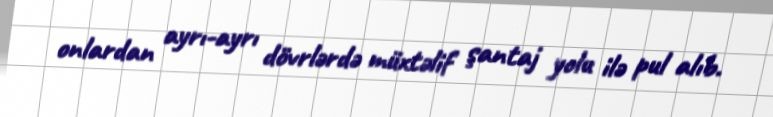
onlardan ayrı-ayrı dövrlərdə müxtəlif şantaj yolu ilə pul alıb.